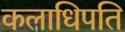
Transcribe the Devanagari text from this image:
कलाधिपति